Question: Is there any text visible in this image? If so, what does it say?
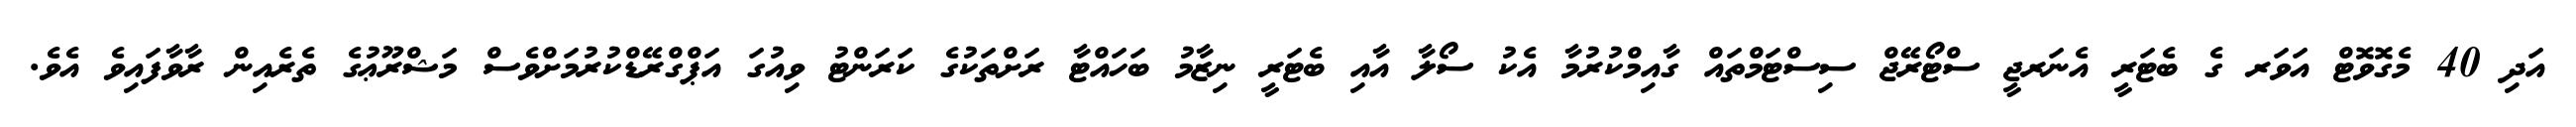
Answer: އަދި 40 މެގޮވޮޓް އަވަރ ގެ ބެޓަރީ އެނަރޖީ ސްޓޯރޭޖް ސިސްޓަމްތައް ގާއިމްކުރުމާ އެކު ސޯލާ އާއި ބެޓަރީ ނިޒާމު ބަހައްޓާ ރަށްތަކުގެ ކަރަންޓު ވިއުގަ އަޕްގްރޭޑްކުރުމަށްވެސް މަޝްރޫޢުގެ ތެރެއިން ރާވާފައިވެ އެވެ.